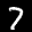
Label: 7